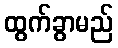
ထွက်ခွာမည်